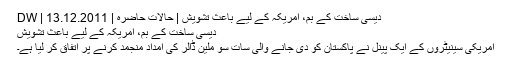
دیسی ساخت کے بم، امریکہ کے لیے باعث تشویش | حالات حاضرہ | DW | 13.12.2011
دیسی ساخت کے بم، امریکہ کے لیے باعث تشویش
امریکی سینیٹروں کے ایک پینل نے پاکستان کو دی جانے والی سات سو ملین ڈالر کی امداد منجمد کرنے پر اتفاق کر لیا ہے۔